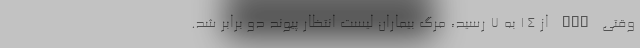
وقتی PMP از ۱۴ به ۷ رسید، مرگ بیماران لیست انتظار پیوند دو برابر شد.